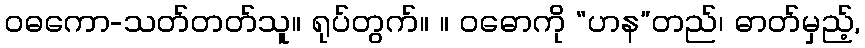
ဝဓကော-သတ်တတ်သူ။ ရုပ်တွက်။ ။ ဝဓောကို “ဟန”တည်၊ ဓာတ်မှည့်,